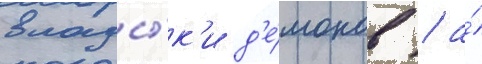
влады́к'и д'е́монов / а́